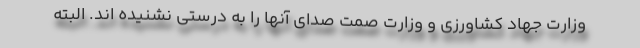
وزارت جهاد کشاورزی و وزارت صمت صدای آنها را به درستی نشنیده اند. البته